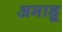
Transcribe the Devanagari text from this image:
अमाडू